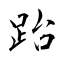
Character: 跆